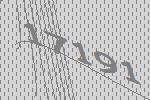
17191